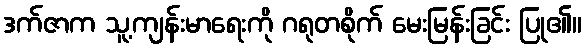
ဒက်ဇာက သူ့ကျန်းမာရေးကို ဂရုတစိုက် မေးမြန်းခြင်း ပြု၏။